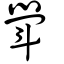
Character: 斝